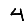
Digit: 4